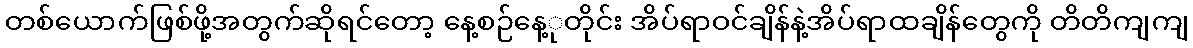
တစ်ယောက်ဖြစ်ဖို့အတွက်ဆိုရင်တော့ နေ့စဉ်နေ့ုတိုင်း အိပ်ရာဝင်ချိန်နဲ့အိပ်ရာထချိန်တွေကို တိတိကျကျ